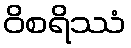
ဝိစရိဿံ